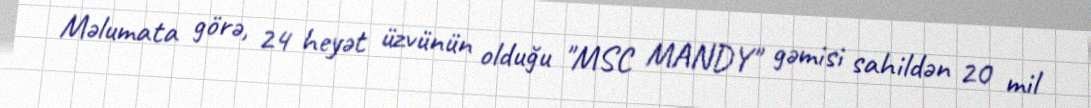
Məlumata görə, 24 heyət üzvünün olduğu "MSC MANDY" gəmisi sahildən 20 mil